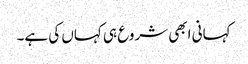
کہانی ابھی شروع ہی کہاں کی ہے۔